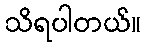
သိရပါတယ်။